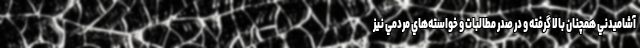
آشاميدني همچنان بالا گرفته و در صدر مطالبات و خواسته‌هاي مردمي نيز